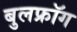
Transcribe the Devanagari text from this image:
बुलफ्रॉग